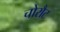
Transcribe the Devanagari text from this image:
चोरौट